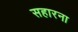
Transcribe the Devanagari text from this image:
सहारना